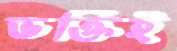
ভক্তিই